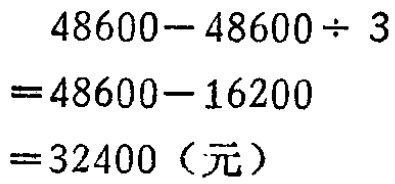
\[

\begin{align*}

&48600 - 48600\div3\\

=&48600 - 16200\\

=&32400（元）

\end{align*}

\]